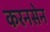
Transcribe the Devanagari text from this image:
करनसेन